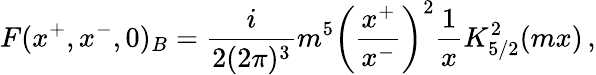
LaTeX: F(x^{+},x^{-},0)_{B}=\frac{i}{2(2\pi)^{3}}m^{5}\left(\frac{x^{+}}{x^{-}}\right)^{2}\frac{1}{x}K_{5/2}^{2}(mx)\, ,